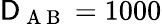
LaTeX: \mathsf{D}_{\mathrm{{~A~B~}}}=1000